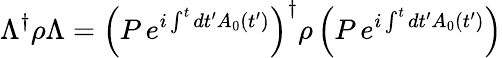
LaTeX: \Lambda^{\dagger}\rho\Lambda=\left(P\, e^{i\int^{t}dt^{\prime}A_{0}(t^{\prime})}\right)^{\dagger}\rho\left(P\, e^{i\int^{t}dt^{\prime}A_{0}(t^{\prime})}\right)